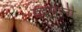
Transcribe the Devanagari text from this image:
इंद्रपत्‍नी